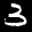
Label: 3